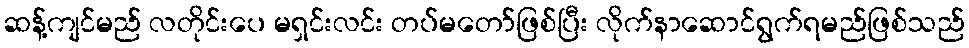
ဆန့်ကျင်မည် လတိုင်းပေ မရှင်းလင်း တပ်မတော်ဖြစ်ပြီး လိုက်နာဆောင်ရွက်ရမည်ဖြစ်သည်